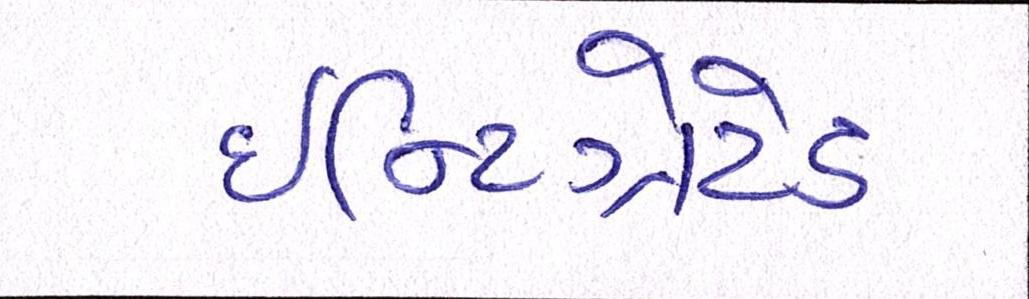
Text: ઇન્ટિગ્રેટેડ